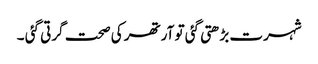
شہرت بڑھتی گئی تو آرتھر کی صحت گرتی گئی ۔